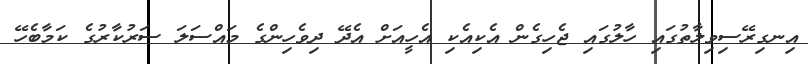
އިނގިރޭސިވިލާތުގައި ހާލުގައި ޖެހިގެން އެކިއެކި އެހީއަށް އެދޭ ދިވެހިންގެ މައްސަލަ ސަރުކާރުގެ ކަމާބެހޭ